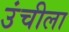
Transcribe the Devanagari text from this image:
उंचीला